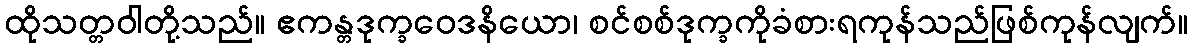
ထိုသတ္တဝါတို့သည်။ ဧကန္တဒုက္ခဝေဒနိယော၊ စင်စစ်ဒုက္ခကိုခံစားရကုန်သည်ဖြစ်ကုန်လျက်။